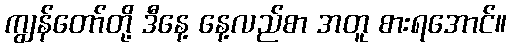
ကျွန်တော်တို့ ဒီနေ့ နေ့လည်စာ အတူ စားရအောင်။